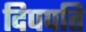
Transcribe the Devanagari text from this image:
दिपपति